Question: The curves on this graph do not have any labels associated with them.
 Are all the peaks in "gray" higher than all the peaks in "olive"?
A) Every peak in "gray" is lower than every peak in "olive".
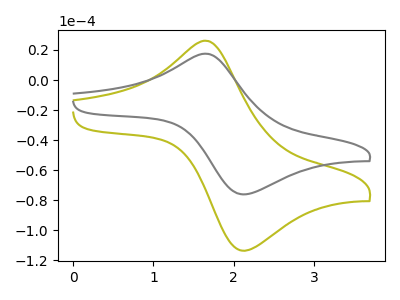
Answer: <think>The olive curve "olive" has an anodic peak at (1.65V, 26.15uA) and a cathodic peak at (2.15V, -113.50uA). The gray curve "gray" has an anodic peak at (1.65V, 17.50uA) and a cathodic peak at (2.15V, -76.05uA).</think>
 <answer>A) Every peak in "gray" is lower than every peak in "olive".</answer>
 <eval>A</eval>